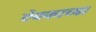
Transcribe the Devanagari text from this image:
ऐबकाच्या